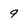
Character: 9